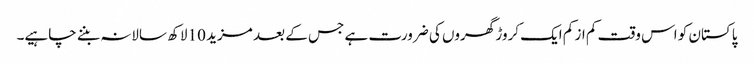
پاکستان کو اس وقت کم از کم ایک کروڑ گھروں کی ضرورت ہے جس کے بعد مزید 10 لاکھ سالانہ بننے چاہیے۔